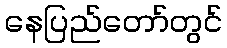
နေပြည်တော်တွင်